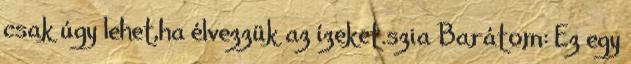
csak úgy lehet,ha élvezzük az ízeket.szia Barátom: Ez egy